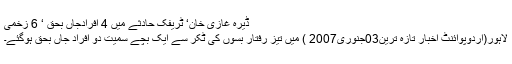
ڈیرہ غازی خان‘ ٹریفک حادثے میں 4 افرادجاں بحق ‘ 6 زخمی
لاہور(اردوپوائنٹ اخبار تازہ ترین03جنوری2007 ) میں تیز رفتار بسوں کی ٹکر سے ایک بچے سمیت دو افراد جاں بحق ہوگئے۔